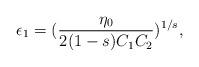
LaTeX: \begin{align*}\epsilon_1=(\frac{\eta_0}{2(1-s)C_1C_2})^{1/s},\end{align*}